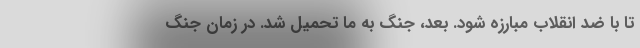
تا با ضد انقلاب مبارزه شود. بعد، جنگ به ما تحمیل شد. در زمان جنگ